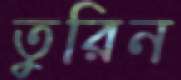
তুরিন